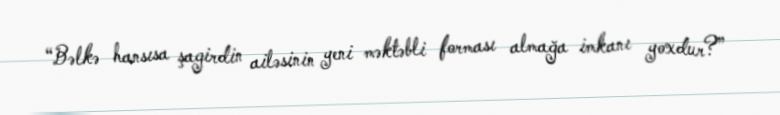
“Bəlkə hansısa şagirdin ailəsinin yeni məktəbli forması almağa imkanı yoxdur?”